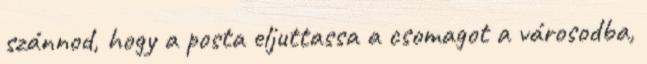
szánnod, hogy a posta eljuttassa a csomagot a városodba,